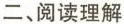
二、阅读理解